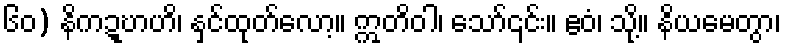
၆၀) နိကဍ္ဎာဟိ၊ နှင်ထုတ်လော့။ ဣတိဝါ၊ သော်၎င်း။ ဧဝံ၊ သို့။ နိယမေတွာ၊